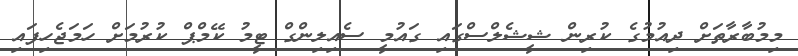
މިމުބާރާތަށް ދިއުމުގެ ކުރިން ޝީޝެލްސްގައި ގައުމީ ސެއިލިންގް ޓީމު ކޭމްޕް ކުރުމަށް ހަމަޖެހިފައި